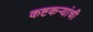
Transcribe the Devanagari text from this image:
कष्टकऱ्यांची